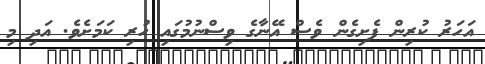
އަހަރު ކުރިން ފެށިގެން ވެސް އޭނާގެ ވިސްނުމުގައި ހުރި ކަމަށެވެ. އަދި މި